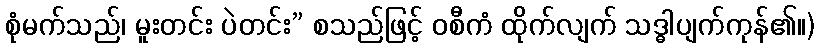
စုံမက်သည်၊ မူးတင်း ပဲတင်း” စသည်ဖြင့် ဝစီကံ ထိုက်လျက် သဒ္ဓါပျက်ကုန်၏။)